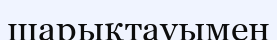
шарықтауымен